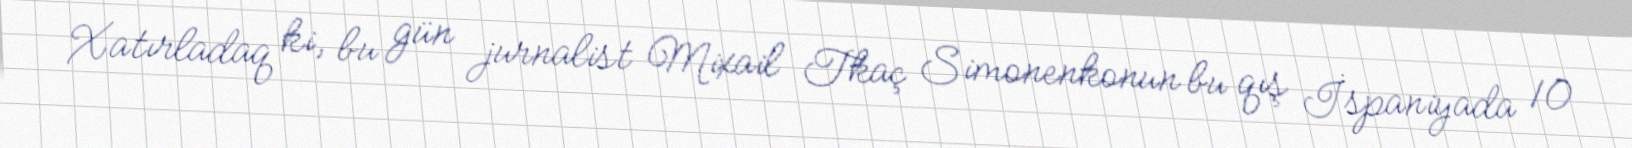
Xatırladaq ki, bu gün jurnalist Mixail Tkaç Simonenkonun bu qış İspaniyada 10